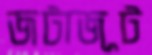
জটাজূট